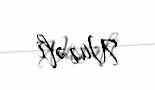
Nurəli